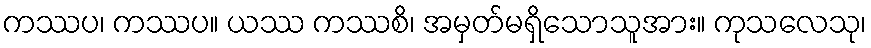
ကဿပ၊ ကဿပ။ ယဿ ကဿစိ၊ အမှတ်မရှိသောသူအား။ ကုသလေသု၊